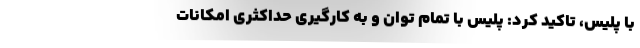
با پلیس، تاکید کرد: پلیس با تمام توان و به کارگیری حداکثری امکانات